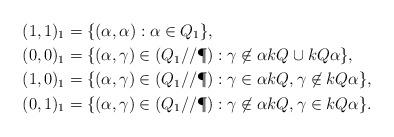
LaTeX: \begin{align*}(1,1)_1 &= \{ (\alpha, \alpha) : \alpha \in Q_1 \}, \\(0,0)_1 &= \{ (\alpha, \gamma) \in (Q_1//\P) : \gamma \not \in \alpha kQ \cup kQ \alpha \},\\(1,0)_1 &= \{ (\alpha, \gamma) \in (Q_1//\P) : \gamma \in \alpha kQ, \gamma \not \in kQ \alpha \},\\(0,1)_1 &= \{ (\alpha, \gamma) \in (Q_1//\P) : \gamma \not \in \alpha kQ, \gamma \in kQ \alpha \}.\end{align*}